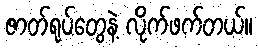
ဇာတ်ရုပ်တွေနဲ့ လိုက်ဖက်တယ်။